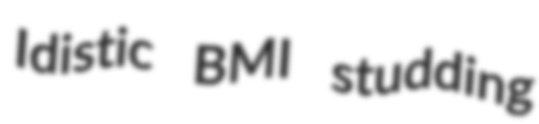
Idistic BMI studding